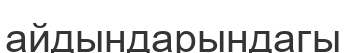
айдындарындагы